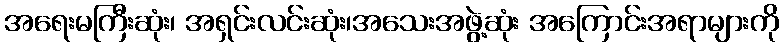
အရေးမကြီးဆုံး၊ အရှင်းလင်းဆုံး၊အသေးအဖွဲ့ဆုံး အကြောင်းအရာများကို